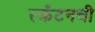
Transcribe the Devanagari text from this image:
स्क्रँटनची